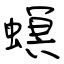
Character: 螟